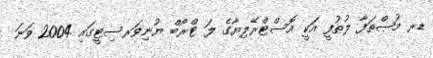
ޑރ މުޞްޠަފާ ލުޠުފީ އަކީ އޮސްޓްރޭލިޔާގެ ލަ ޓްރޯބް ޔުނިވަރސިޓީގައި 2004 ވަނަ